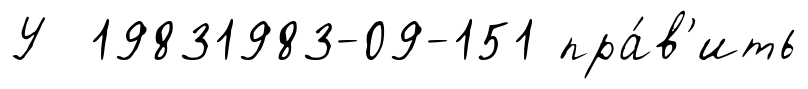
У 19831983-09-151 пра́в'ить